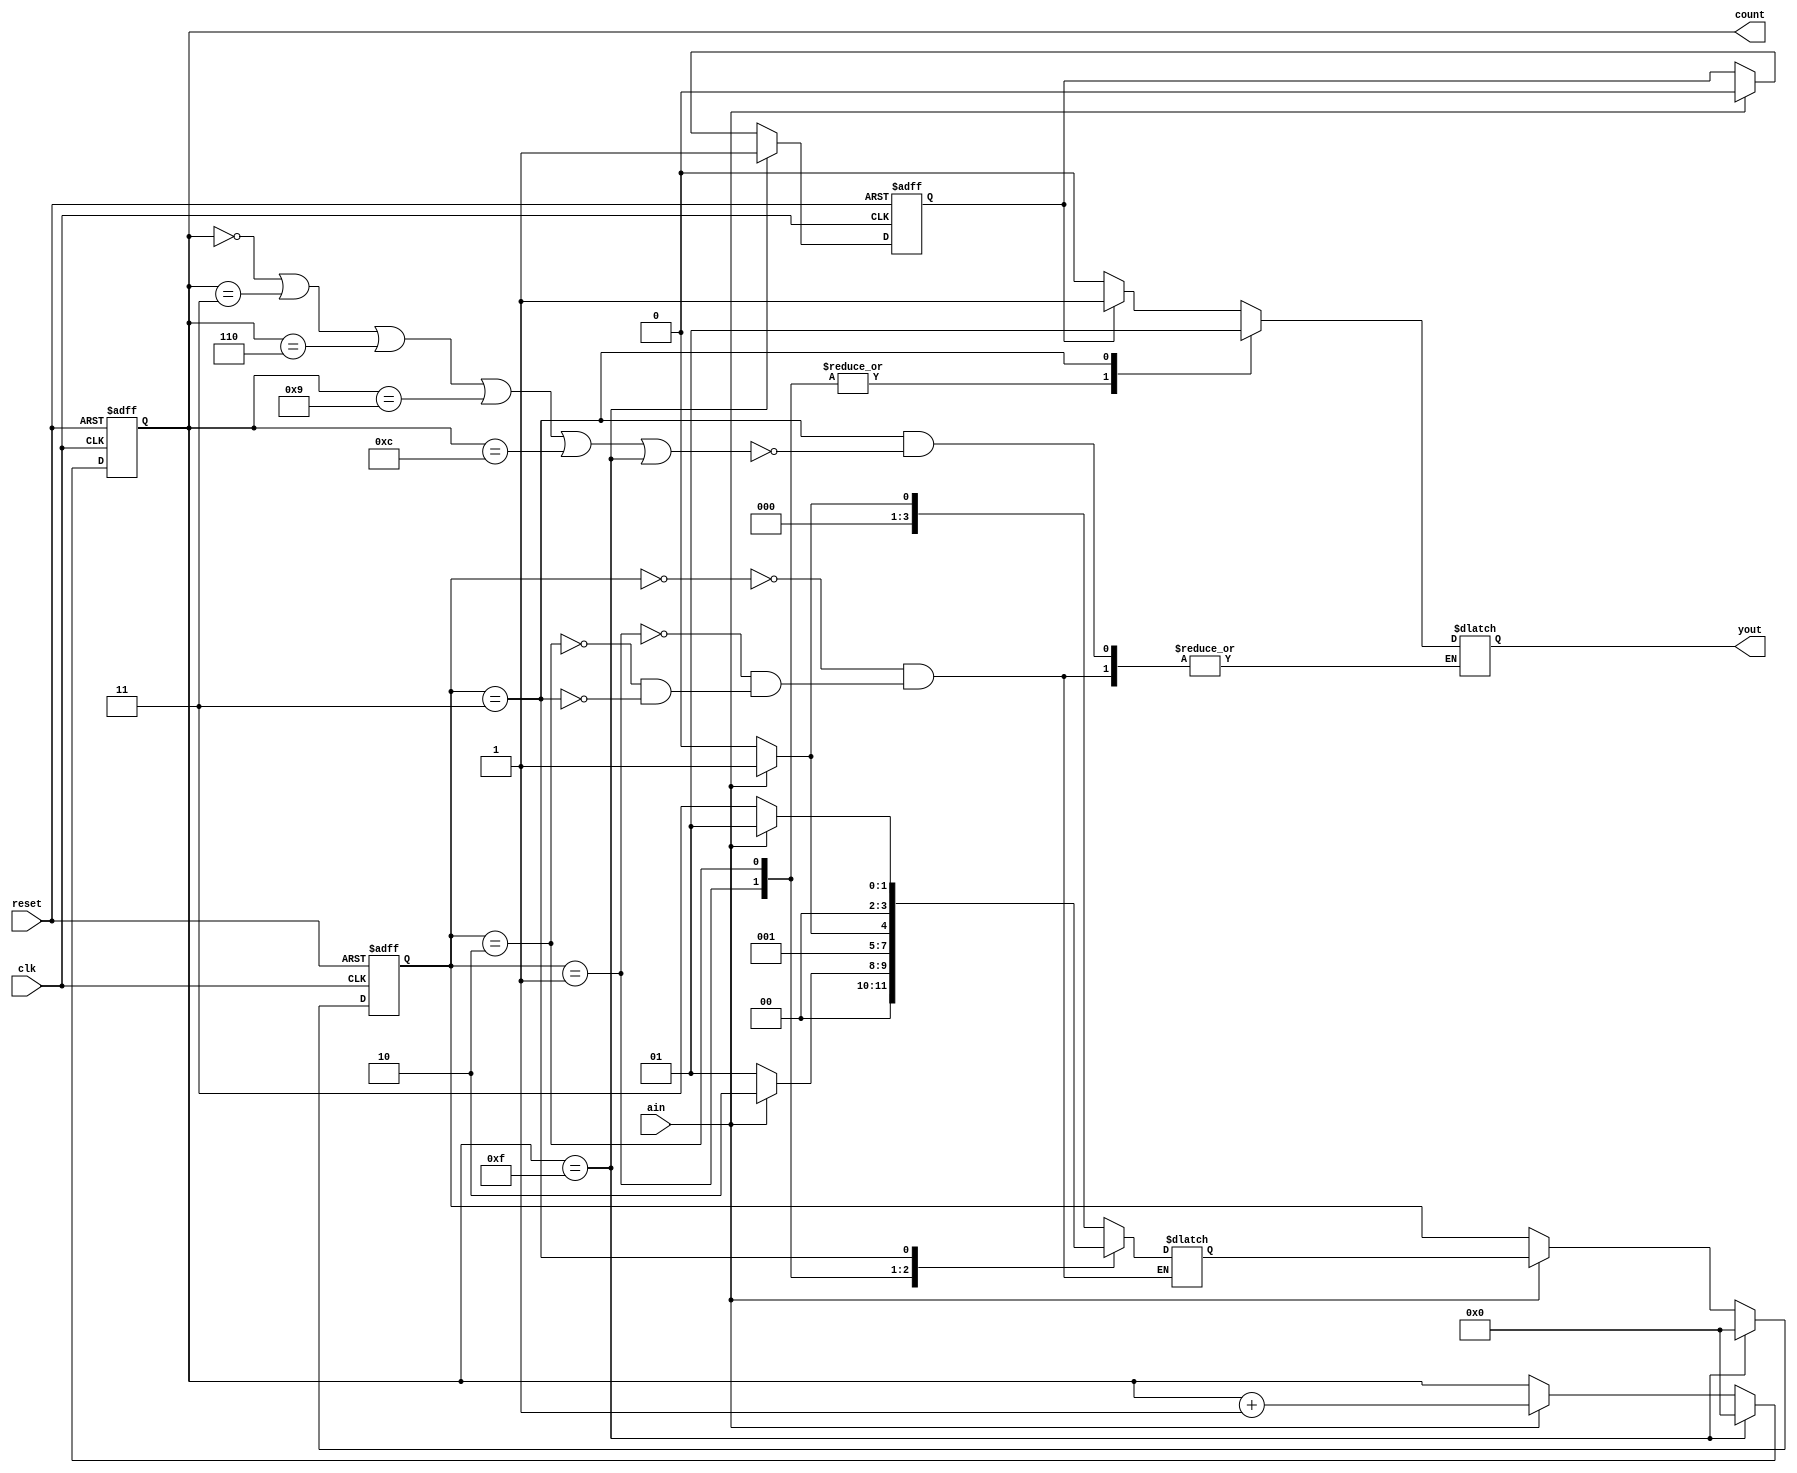
module mealy_fsm(
    input clk,
    input ain,
    input reset,
    output reg yout,
    output reg [3:0] count = 4'b0000
    );
    
    reg [3:0] state, next_state;
    reg maxCount = 0;
    parameter S0 = 0, S1 = 1, S2 = 2, S3 = 3;
    
    always@ (state or ain or count) begin
        case(state)
            S0 : begin
                 if(ain) begin
                    next_state <= S1;
                 end
                 else next_state <= S0;
                 end
            S1 : begin
                 if(ain) next_state <= S2;
                 else next_state <= S1;
                 end
            S2 : begin
                 if(ain) next_state <= S3;
                 else next_state <= S2;
                 end
            S3 : begin
                 if(ain) next_state <= S1;
                 else next_state <= S3;
                 end
        endcase
    end
    
    always@ (posedge clk or posedge reset) begin
        if(reset) begin
            count <= 4'b0000;
            state <= S0;
            maxCount <= 0;
        end
        else if(count == 4'b1111) begin 
            count <= 4'b0000;
            state <= S0;
            maxCount <= 1;
        end
        else begin
            if(ain) begin
                state <= next_state;
                count <= count + 1;
                maxCount <= 0;
            end
        end
    end
    
    always@ (count) begin
        case(state)
            S0 : if(maxCount) yout <= 1;
                 else yout <= 0;
            S1 : yout <= 0;
            S2 : yout <= 0;
            S3 : if(count == 4'b0000 | count == 4'b0011 | count == 4'b0110 | count == 4'b1001 | count == 4'b1100 | count == 4'b1111 ) yout <= 1;
        endcase
    end
    
endmodule